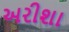
અરીશા